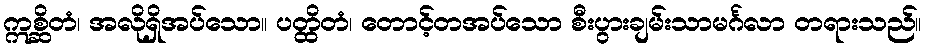
ဣစ္ဆိတံ၊ အလိုရှိအပ်သော။ ပတ္ထိတံ၊ တောင့်တအပ်သော စီးပွားချမ်းသာမင်္ဂလာ တရားသည်။